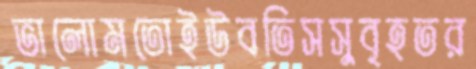
ভালোমতোইউবতিসসুবৃহতর